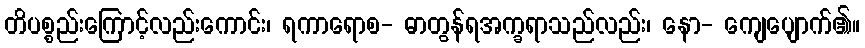
တိပစ္စည်းကြောင့်လည်းကောင်း၊ ရကာရောစ- ဓာတွန်ရအက္ခရာသည်လည်း၊ နော- ကျေပျောက်၏။